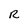
Character: R